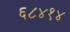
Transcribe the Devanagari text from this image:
६८४१४